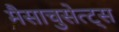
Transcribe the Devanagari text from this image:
मैसाचुसेत्ट्स